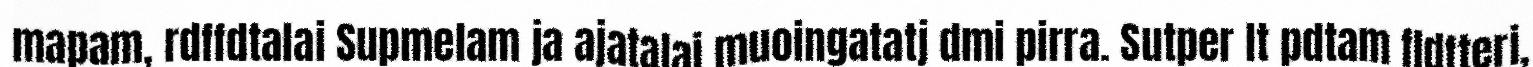
mapam, rdffdtalai Supmelam ja ajatalai muoingatatj dmi pirra. Sutper lt pdtam fldfteri,